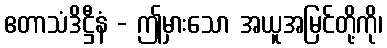
ဧတာသံဒိဋ္ဌီနံ - ဤမှားသော အယူအမြင်တို့ကို၊